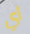
أي